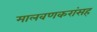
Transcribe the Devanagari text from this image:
मालवणकरांसह